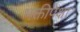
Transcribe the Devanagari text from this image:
भक्तीपेक्षा